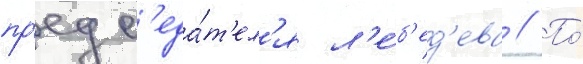
пр'едс'еда́т'ел'я л'е́б'ед'ева // По́